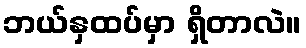
ဘယ်နှထပ်မှာ ရှိတာလဲ။